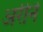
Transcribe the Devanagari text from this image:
अरीने